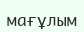
мағұлым